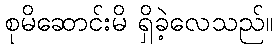
စုမိဆောင်းမိ ရှိခဲ့လေသည်။